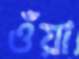
ওঁয়া